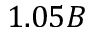
1 . 0 5 B